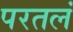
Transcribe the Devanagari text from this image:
परतलं